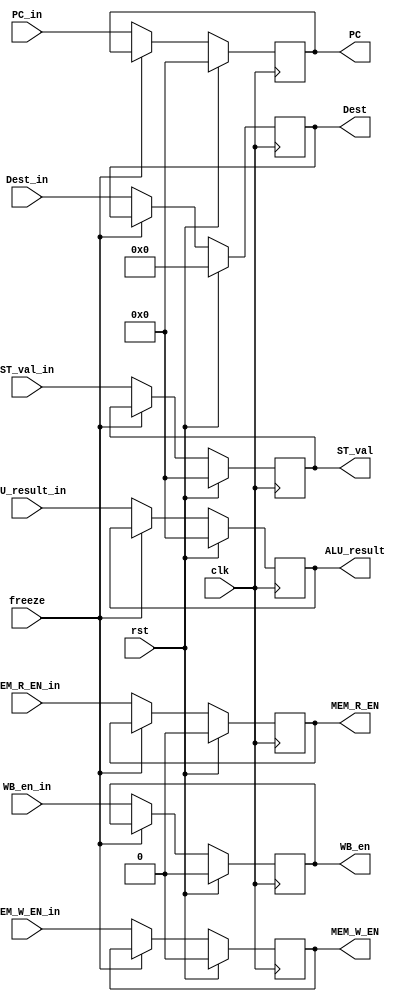
module EXE_Stage_reg(
        input clk,
        input rst,
        input WB_en_in,
        //MEM_Signals
        input MEM_R_EN_in,
        input MEM_W_EN_in,
        input [31:0] PC_in,
        input [31:0] ALU_result_in,
        input [31:0] ST_val_in,
        input [4:0] Dest_in,
        input freeze,

        output reg WB_en,
        //MEM_Signals
        output reg MEM_R_EN,
        output reg MEM_W_EN,
        output reg [31:0] PC,
        output reg [31:0] ALU_result,
        output reg [31:0] ST_val,
        output reg [4:0] Dest
    );

    always @(posedge clk) begin
        if(rst) begin
            WB_en <= 1'b0;
            MEM_R_EN <= 1'b0;
            MEM_W_EN <= 1'b0;
            PC <= 32'b0;
            ALU_result <= 32'b0;
            ST_val <= 32'b0;
            Dest <= 5'b0;
        end
        else if(!freeze) begin
            WB_en <= WB_en_in;
            MEM_R_EN <= MEM_R_EN_in;
            MEM_W_EN <= MEM_W_EN_in;
            PC <= PC_in;
            ALU_result <= ALU_result_in;
            ST_val <= ST_val_in;
            Dest <= Dest_in;
        end
    end

endmodule //EXE_Stage_reg